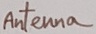
Text: Antenna